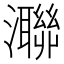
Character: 㶌